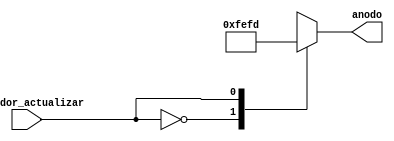
`timescale 1ns / 1ps
//////////////////////////////////////////////////////////////////////////////////
// Universidad: TEC
// Ingenieros: Anthony Artavia - Diego Huertas - Justin Segura
// 
// Nombre del Mdulo: control_anodo
// Nombre del Proyecto: Introduccion a HDL
// Descripcin: Enciende el anodo a partir del contador.
// 
//////////////////////////////////////////////////////////////////////////////////


module control_anodo(
    input contador_actualizar, //Cada 10 kHz
    output reg [7:0] anodo = 0
    );

    always @ (contador_actualizar)
        begin
            case (contador_actualizar)
                1'b0: anodo = 8'b11111110; //Encender digito 1 (unidades)
                1'b1: anodo = 8'b11111101; //Encender digito 2 (decenas)
            endcase
        end
    
endmodule